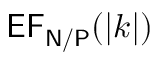
\mathsf { E F _ { N / P } } ( | k | )